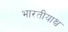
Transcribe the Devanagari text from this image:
भारतीयाश्च